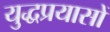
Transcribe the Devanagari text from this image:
युद्धप्रयासों